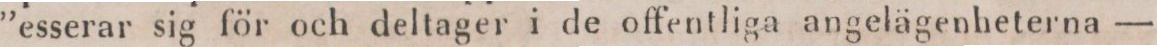
”esserar sig för och deltager i de offentliga angelägenheterna —